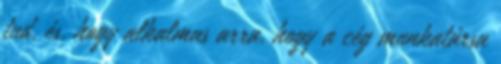
tud, és, hogy alkalmas arra, hogy a cég munkatársa